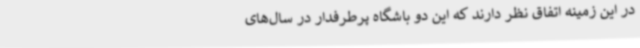
در این زمینه اتفاق نظر دارند که این دو باشگاه پرطرفدار در سال‌های